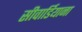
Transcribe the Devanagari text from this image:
सीवार्डियाना